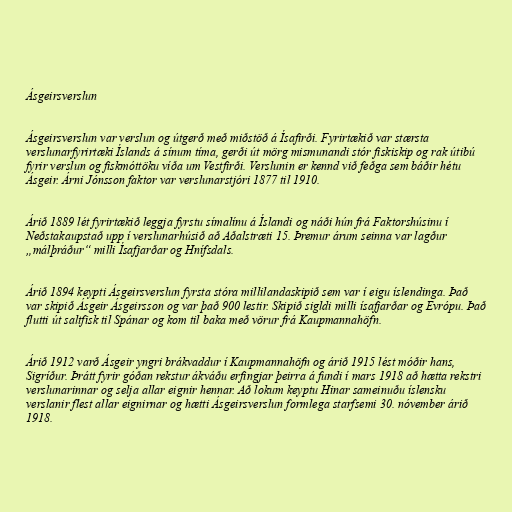
Ásgeirsverslun

Ásgeirsverslun var verslun og útgerð með miðstöð á Ísafirði. Fyrirtækið var stærsta
verslunarfyrirtæki Íslands á sínum tíma, gerði út mörg mismunandi stór fiskiskip og rak útibú
fyrir verslun og fiskmóttöku víða um Vestfirði. Verslunin er kennd við feðga sem báðir hétu
Ásgeir. Árni Jónsson faktor var verslunarstjóri 1877 til 1910.

Árið 1889 lét fyrirtækið leggja fyrstu símalínu á Íslandi og náði hún frá Faktorshúsinu í
Neðstakaupstað upp í verslunarhúsið að Aðalstræti 15. Þremur árum seinna var lagður
„málþráður“ milli Ísafjarðar og Hnífsdals.

Árið 1894 keypti Ásgeirsverslun fyrsta stóra millilandaskipið sem var í eigu íslendinga. Það
var skipið Ásgeir Ásgeirsson og var það 900 lestir. Skipið sigldi milli ísafjarðar og Evrópu. Það
flutti út saltfisk til Spánar og kom til baka með vörur frá Kaupmannahöfn.

Árið 1912 varð Ásgeir yngri brákvaddur í Kaupmannahöfn og árið 1915 lést móðir hans,
Sigríður. Þrátt fyrir góðan rekstur ákváðu erfingjar þeirra á fundi í mars 1918 að hætta rekstri
verslunarinnar og selja allar eignir hennar. Að lokum keyptu Hinar sameinuðu íslensku
verslanir flest allar eignirnar og hætti Ásgeirsverslun formlega starfsemi 30. nóvember árið
1918.